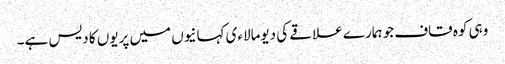
وہی کوہ قاف جو ہمارے علاقے کی دیومالاءی کہانیوں میں پریوں کا دیس ہے۔